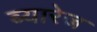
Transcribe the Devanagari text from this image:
ब्यारेज